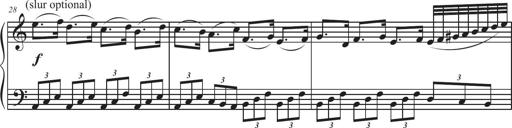
Title: Sonatina Espania
Composer: Jerald Franklin Archer
Key: Various